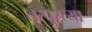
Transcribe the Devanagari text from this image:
तत्पुरत्या